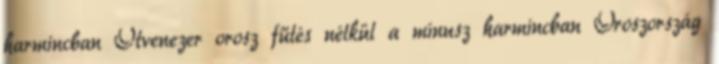
harmincban Ötvenezer orosz fűtés nélkül a mínusz harmincban Oroszország